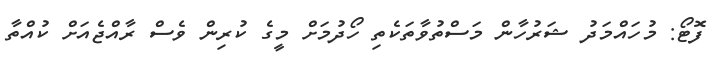
ފޮޓޯ: މުހައްމަދު ޝަރުހާން މަސްތުވާތަކެތި ހޯދުމަށް މީގެ ކުރިން ވެސް ރާއްޖެއަށް ކުއްތާ